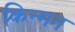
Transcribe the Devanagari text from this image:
किन्मन